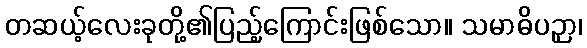
တဆယ့်လေးခုတို့၏ပြည့်ကြောင်းဖြစ်သော။ သမာဓိပဉှာ၊